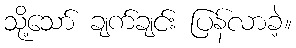
သို့သော် ချက်ချင်း ပြန်လာခဲ့။